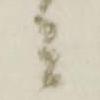
ミ